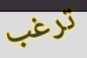
ترغب